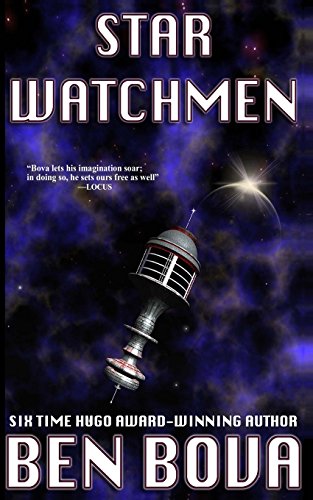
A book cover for Star Watchmen; Ben Bova; Science Fiction & Fantasy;